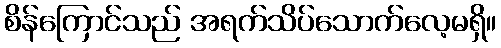
စိန်ကြောင်သည် အရက်သိပ်သောက်လေ့မရှိ။